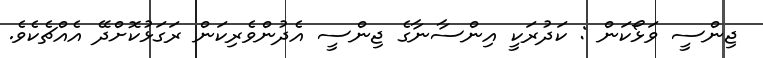
ޖިންސީ ވަޅޯކަން : ކަދުރަކީ އިންސާނާގެ ޖިންސީ އެދުންވެރިކަން ރަގަޅުކޮށްދޭ އެއްޗެކެވެ.